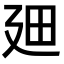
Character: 𪪮